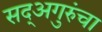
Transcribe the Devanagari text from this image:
सद्‍अगुरुंचा